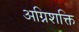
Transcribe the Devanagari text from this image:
अग्निशक्ति